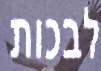
לבכות